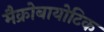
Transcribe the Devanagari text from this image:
मैक्रोबायोटिक